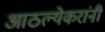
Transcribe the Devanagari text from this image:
आठल्येकरांनी